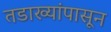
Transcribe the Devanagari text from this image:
तडाख्यांपासून